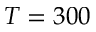
T = 3 0 0